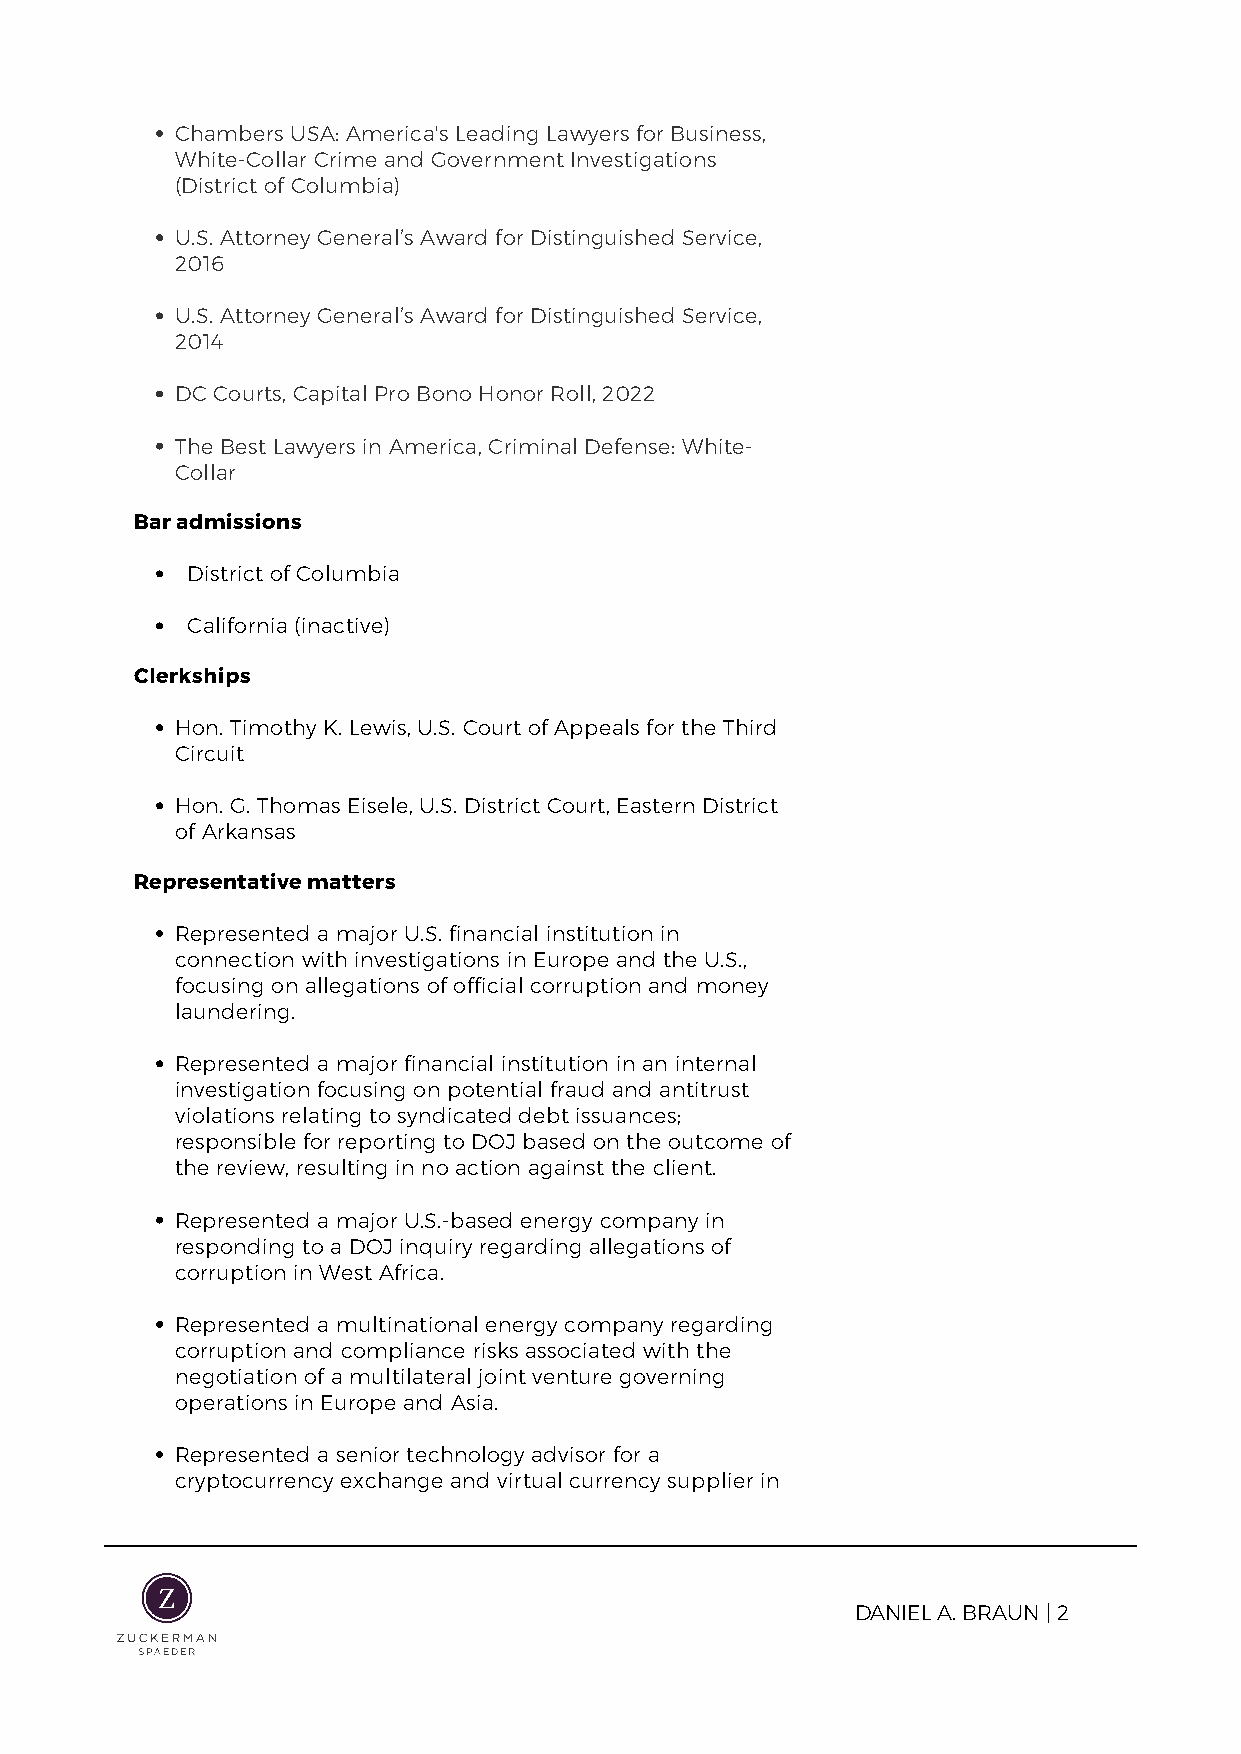
Chambers USA: America's Leading Lawyers for Business,
 White-Collar Crime and Government Investigations
 (District of Columbia)
 U.S. Attorney General’s Award for Distinguished Service,
 2016
 U.S. Attorney General’s Award for Distinguished Service,
 2014
 DC Courts, Capital Pro Bono Honor Roll, 2022
 The Best Lawyers in America, Criminal Defense: White-
 Collar
 Bar admissions
 District of Columbia
 California (inactive)
 Clerkships
 Hon. Timothy K. Lewis, U.S. Court of Appeals for the Third
 Circuit
 Hon. G. Thomas Eisele, U.S. District Court, Eastern District
 of Arkansas
 Representative matters
 Represented a major U.S. financial institution in
 connection with investigations in Europe and the U.S.,
 focusing on allegations of official corruption and money
 laundering.
 Represented a major financial institution in an internal
 investigation focusing on potential fraud and antitrust
 violations relating to syndicated debt issuances;
 responsible for reporting to DOJ based on the outcome of
 the review, resulting in no action against the client.
 Represented a major U.S.-based energy company in
 responding to a DOJ inquiry regarding allegations of
 corruption in West Africa.
 Represented a multinational energy company regarding
 corruption and compliance risks associated with the
 negotiation of a multilateral joint venture governing
 operations in Europe and Asia.
 Represented a senior technology advisor for a
 cryptocurrency exchange and virtual currency supplier in
 DANIEL A. BRAUN | 2